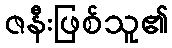
ဇနီးဖြစ်သူ၏